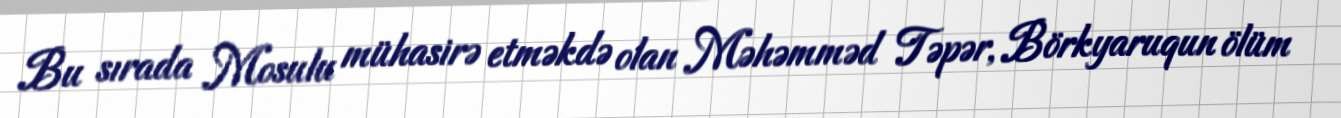
Bu sırada Mosulu mühasirə etməkdə olan Məhəmməd Təpər, Börkyaruqun ölüm